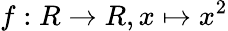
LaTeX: f:R\rightarrow R,x\mapsto x^{2}